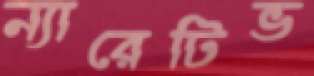
ন্যারেটিভ